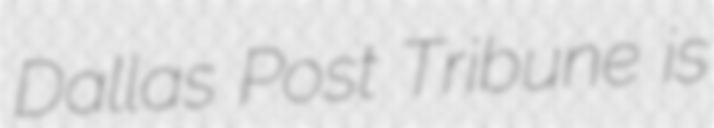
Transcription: Dallas Post Tribune is